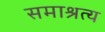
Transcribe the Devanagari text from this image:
समाश्रत्य